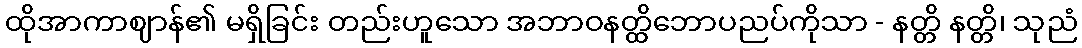
ထိုအာကာဈာန်၏ မရှိခြင်း တည်းဟူသော အဘာဝနတ္ထိဘောပညပ်ကိုသာ - နတ္တိ နတ္တိ၊ သုညံ